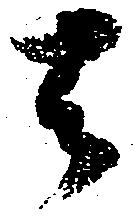
去